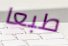
طبعا